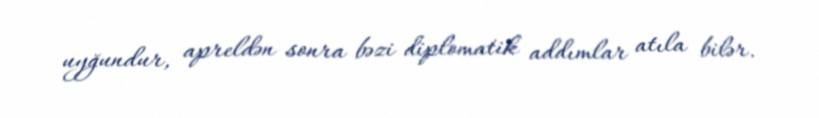
uyğundur, apreldən sonra bəzi diplomatik addımlar atıla bilər.